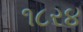
૧૮ર૪